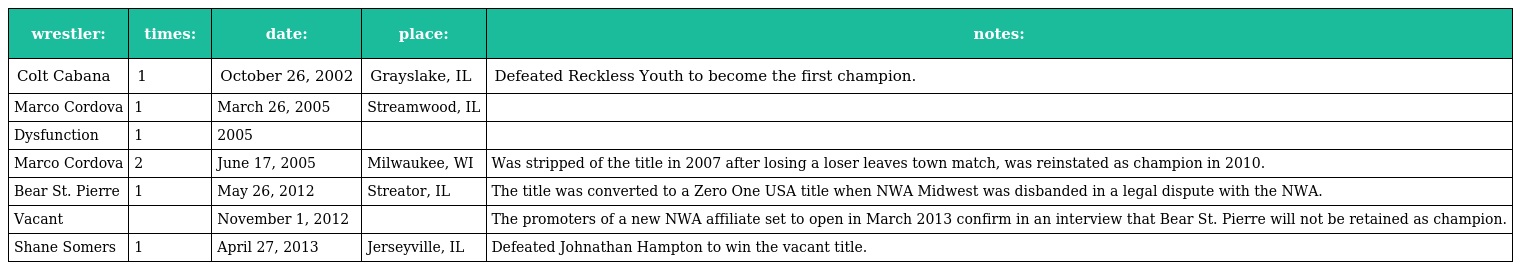
| wrestler: | times: | date: | place: | notes: |
 | --- | --- | --- | --- | --- |
 | Colt Cabana | 1 | October 26, 2002 | Grayslake, IL | Defeated Reckless Youth to become the first champion. |
 | Marco Cordova | 1 | March 26, 2005 | Streamwood, IL |  |
 | Dysfunction | 1 | 2005 |  |  |
 | Marco Cordova | 2 | June 17, 2005 | Milwaukee, WI | Was stripped of the title in 2007 after losing a loser leaves town match, was reinstated as champion in 2010. |
 | Bear St. Pierre | 1 | May 26, 2012 | Streator, IL | The title was converted to a Zero One USA title when NWA Midwest was disbanded in a legal dispute with the NWA. |
 | Vacant |  | November 1, 2012 |  | The promoters of a new NWA affiliate set to open in March 2013 confirm in an interview that Bear St. Pierre will not be retained as champion. |
 | Shane Somers | 1 | April 27, 2013 | Jerseyville, IL | Defeated Johnathan Hampton to win the vacant title. |